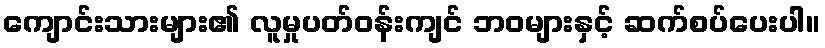
ကျောင်းသားများ၏ လူမှုပတ်ဝန်းကျင် ဘဝများနှင့် ဆက်စပ်ပေးပါ။